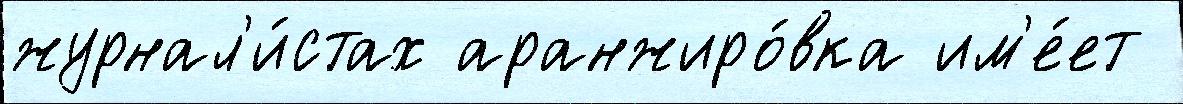
журнал'и́стах аранжиро́вка им'е́ет